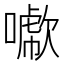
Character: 𠿖